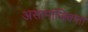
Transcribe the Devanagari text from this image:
असामाजिकता